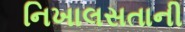
નિખાલસતાની